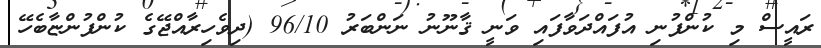
ރައީސް މި ކުންފުނި އުފައްދަވާފައި ވަނީ ޤާނޫނު ނަންބަރު 96/10 (ދިވެހިރާއްޖޭގެ ކުންފުންޏާބެހޭ